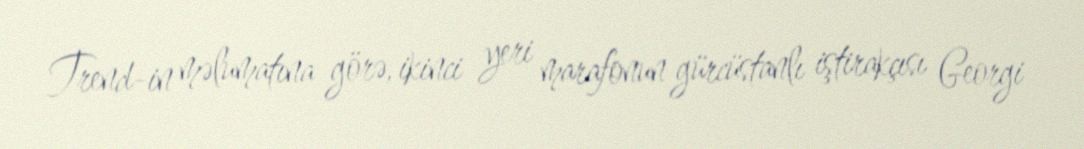
Trend-in məlumatına görə, ikinci yeri marafonun gürcüstanlı iştirakçısı Georgi